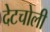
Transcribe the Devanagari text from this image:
देटचोली